Civil Veterinary Dept. Bombay admin report 1932-41 - 1932-1941
Year: 1932
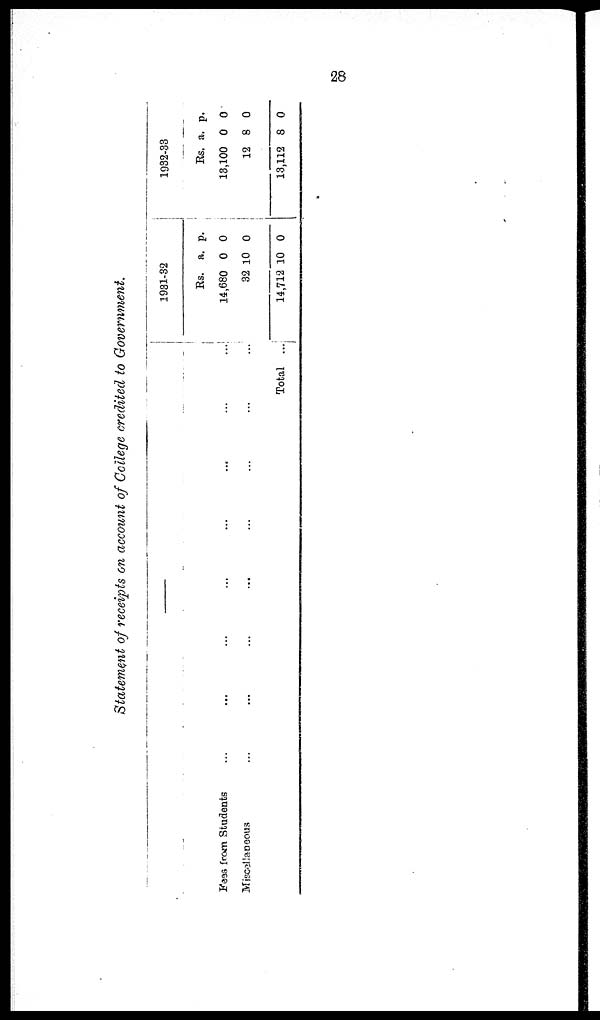
28
Statement of receipts on account of College credited to Government.
—
Fees from Students ... ... ... ... ... ... ... ...
Miscellaneous ... ... ... ... ... ... ... ...
1931-32
Rs.
14,680
32
14,712
a.
0
10
10
p.
0
0
0
1932-33
Rs.
13,100
12
13,112
a.
0
8
8
p.
0
0
0